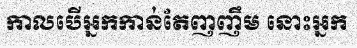
កាលបើអ្នកកាន់តែញញឹម នោះអ្នក